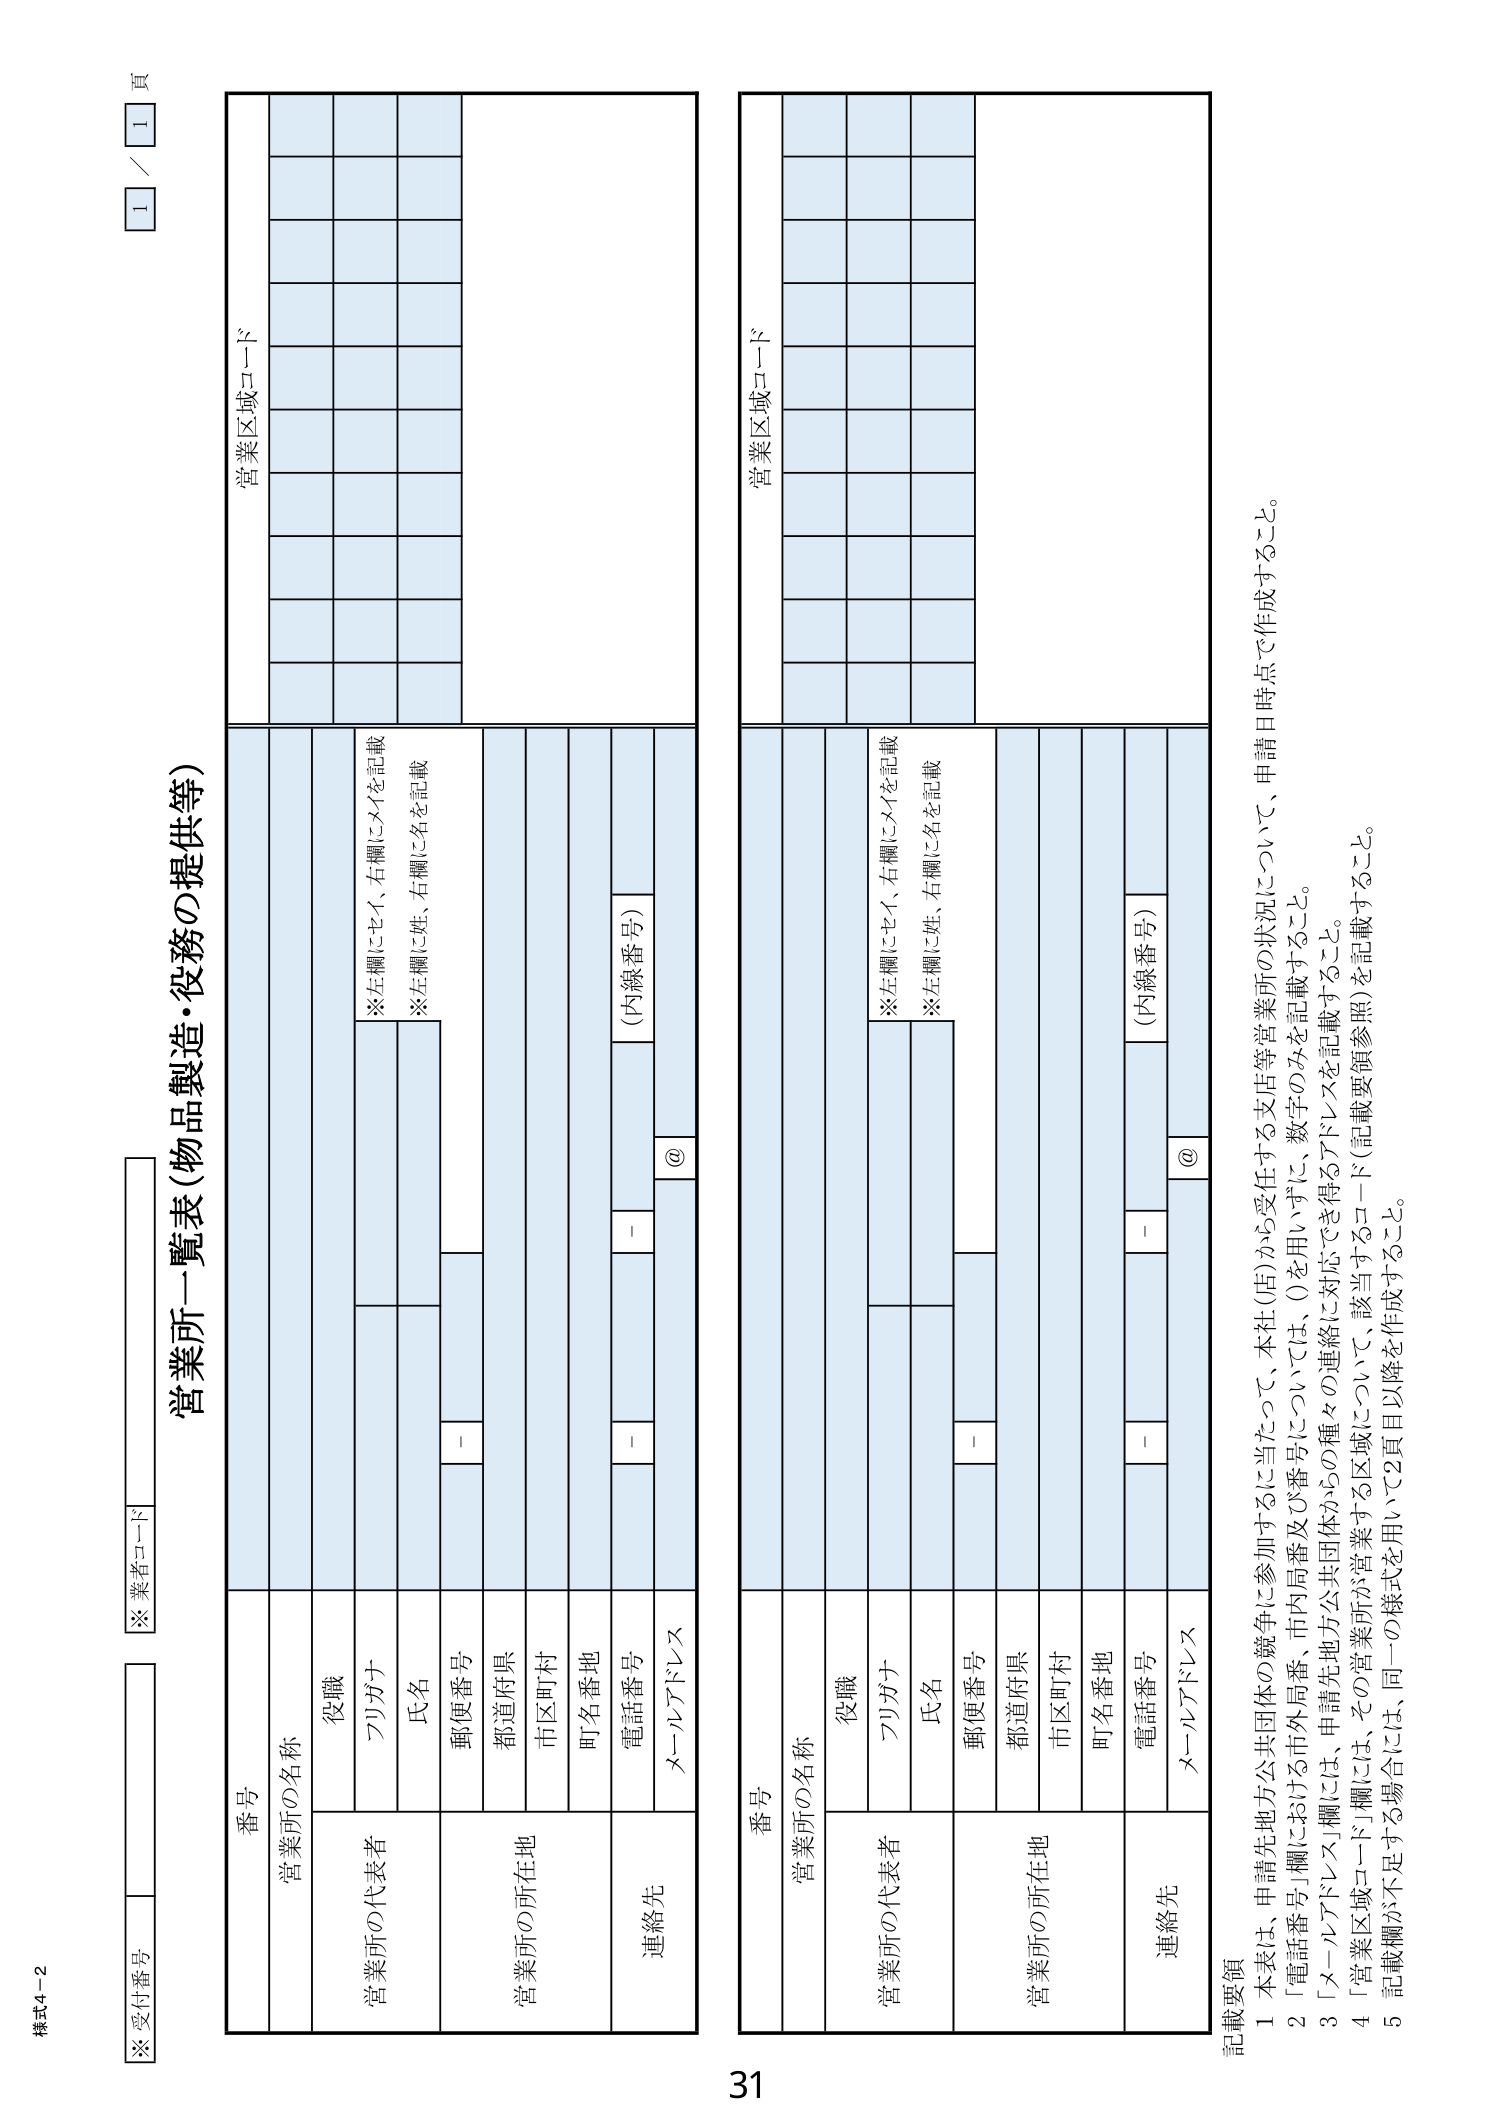
様式4-2
※受付番号
※業者コード
1 / 1 頁

営業所一覧表（物品製造・役務の提供等）

番号
営業所の名称
営業所の代表者
役職
フリガナ
※左欄にセイ、右欄にメイを記載
氏名
※左欄に姓、右欄に名を記載
郵便番号
－
都道府県
市区町村
町名番地
電話番号
－
（内線番号）
メールアドレス
＠
連絡先
営業所の所在地
営業区域コード

番号
営業所の名称
営業所の代表者
役職
フリガナ
※左欄にセイ、右欄にメイを記載
氏名
※左欄に姓、右欄に名を記載
郵便番号
－
都道府県
市区町村
町名番地
電話番号
－
（内線番号）
メールアドレス
＠
連絡先
営業所の所在地
営業区域コード

記載要領
1 本表は、申請先地方公共団体の競争に参加するに当たって、本社（店）から受任する支店等営業所の状況について、申請日時点で作成すること。
2 「電話番号」欄における市外局番、市内局番及び番号については、()を用いずに、数字のみを記載すること。
3 「メールアドレス」欄には、申請先地方公共団体からの種々の連絡に対応できる得るアドレスを記載すること。
4 「営業区域コード」欄には、その営業所が営業する区域について、該当するコード（記載要領参照）を記載すること。
5 記載欄が不足する場合には、同一の様式を用いて2頁目以降を作成すること。

31